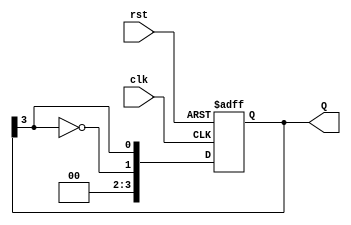
module johnson_counter (
    input wire clk,        // Clock input
    input wire rst,        // Reset input
    output reg [n-1:0] Q   // Counter output for n flip-flops
);
    parameter n = 4; // Number of stages (set to 4 as an example)

    always @(posedge clk or posedge rst) begin
        if (rst) begin
            Q <= 0; // Asynchronous reset to 0
        end else begin
            // Johnson counter logic
            Q <= {~Q[n-1], Q[n-1:n-1]}; // Shift and feedback the inverted Q[n-1]
        end
    end
endmodule